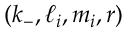
{ ( k _ { - } , \ell _ { i } , m _ { i } , \boldsymbol { r } ) }